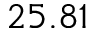
2 5 . 8 1